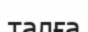
талға